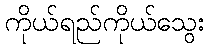
ကိုယ်ရည်ကိုယ်သွေး